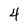
Character: 4